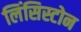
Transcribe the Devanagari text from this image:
लिंसिस्टोन